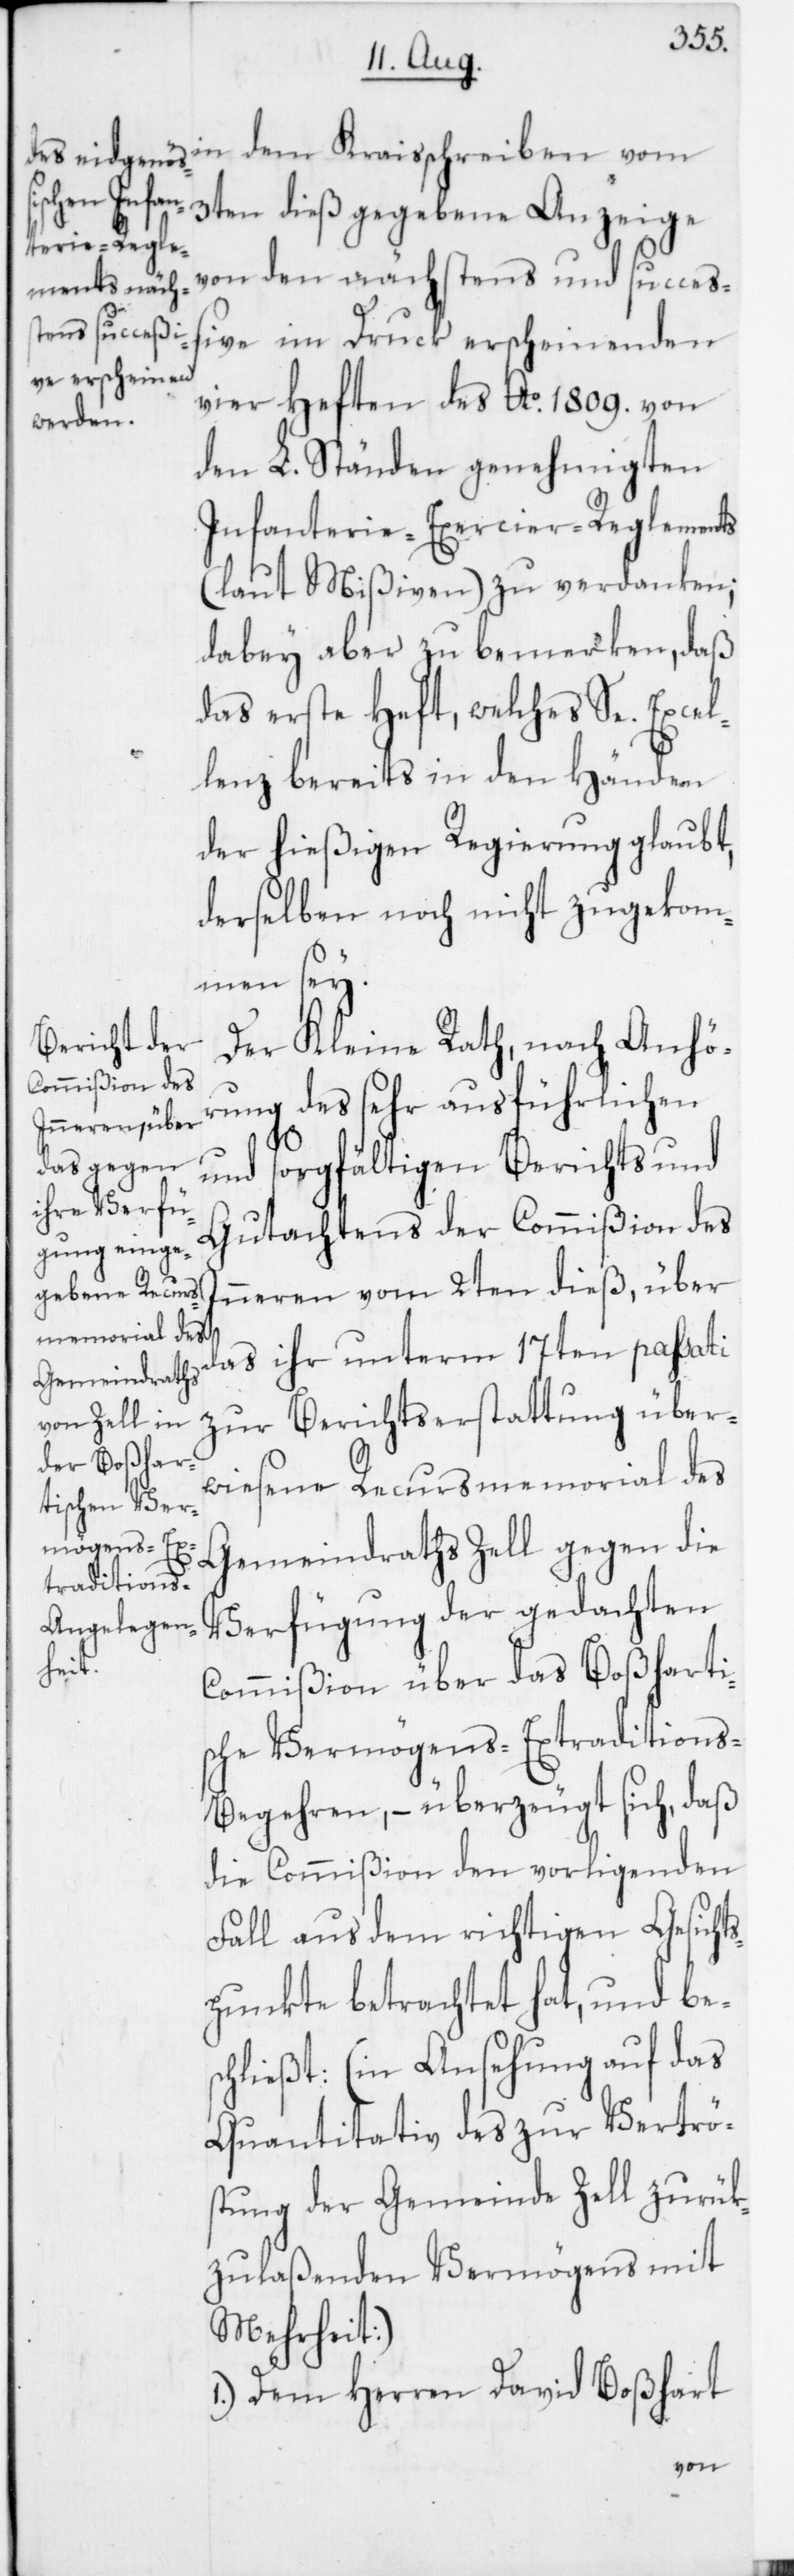
in dem Kraisschreiben vom
3ten dieß gegebene Anzeige
von den nächstens und succeß¬
ive im Druck erscheinenden
vier Heften des Ao 1809. von
den L. Ständen genehmigten
Infanterie-Exercier-Reglements
(laut Mißiven) zu verdanken;
dabey aber zu bemerken, daß
das erste Heft, welches Se. Excel¬
lenz bereits in den Händen
der hießigen Regierung glaubt,
derselben noch nicht zugekom¬
men sey.
Der Kleine Rath, nach Anhö¬
rung des sehr ausführlichen
und sorgfältigen Berichts und
Gutachtens der Commißion des
Inneren vom 2ten dieß, über
das ihr unterm 17ten passati
zur Berichtserstattung über¬
wiesene Recursmemorial des
Gemeindraths Zell gegen die
Verfügung der gedachten
Commißion über das Boßharti¬
sche Vermögens-Extraditions-B¬
egehren, – überzeugt sich, daß
die Commißion den vorligenden
Fall aus dem richtigen Gesichts¬
punkte betrachtet hat, und bes¬
chließt: (in Ansehung auf das
Quantitativ des zur Vertrö¬
stung der Gemeinde Zell zurük¬
zulaßenden Vermögens, mit
Mehrheit):
1. Dem Herren David Boßhart